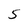
Character: 5